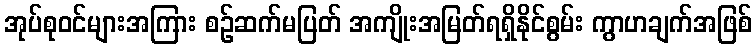
အုပ်စုဝင်များအကြား စဉ်ဆက်မပြတ် အကျိုးအမြတ်ရရှိနိုင်စွမ်း ကွာဟချက်အဖြစ်